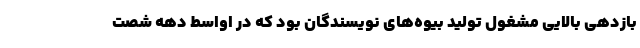
بازدهی بالایی مشغول تولید بیوه‌های نویسندگان بود که در اواسط دهه شصت